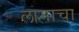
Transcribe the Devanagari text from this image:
लामाचा